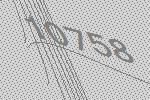
10758